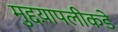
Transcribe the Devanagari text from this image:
मुद्दय़ापलीकडे